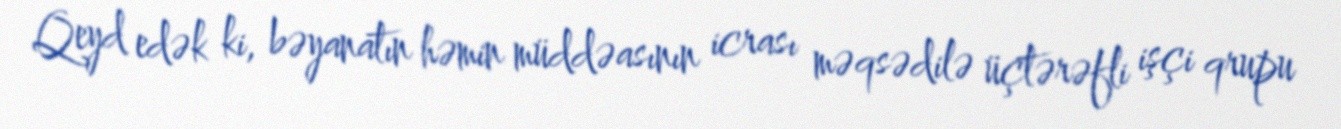
Qeyd edək ki, bəyanatın həmin müddəasının icrası məqsədilə üçtərəfli işçi qrupu